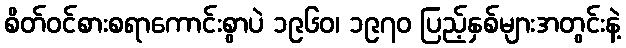
စိတ်ဝင်စားစရာကောင်းစွာပဲ ၁၉၆၀၊ ၁၉၇၀ ပြည့်နှစ်များအတွင်းနဲ့